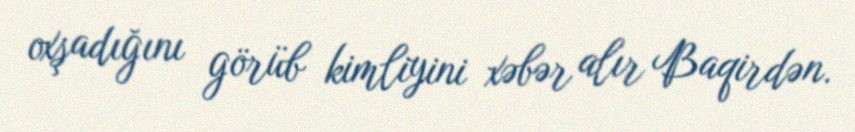
oxşadığını görüb kimliyini xəbər alır Baqirdən.